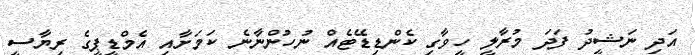
އަދި ނަޝީދު ފަދަ މުރާލީ ހީވާގި ކެންޑިޑޭޓެއް ނުހުންނާނެ ކަމަށާއި އެމްޑީޕީގެ ރިޔާސީ